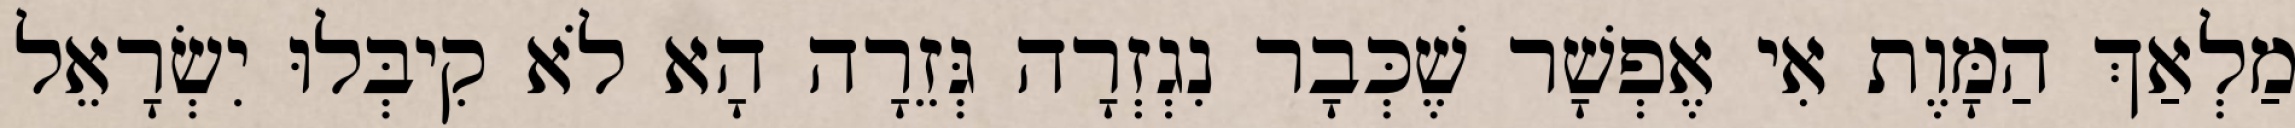
מַלְאַךְ הַמָּוֶת אִי אֶפְשָׁר שֶׁכְּבָר נִגְזְרָה גְּזֵרָה הָא לֹא קִיבְּלוּ יִשְׂרָאֵל